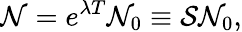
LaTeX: {\cal N}=e^{\lambda T}{\cal N}_{0}\equiv{\cal S}{\cal N}_{0},